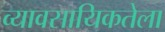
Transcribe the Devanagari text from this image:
व्यावसायिकतेला